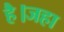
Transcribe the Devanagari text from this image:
है।जहा